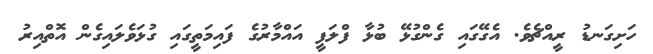
ހަށިގަނޑު ރީއްޗެވެ. އެގޭގައި ގެންގުޅޭ ބުޅާ ފްލަފީ އައްމާރުގެ ފައިމަތީގައި ގުޅަވެލައިގެން އޮތްއިރު